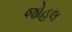
જોહલ